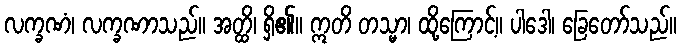
လက္ခဏံ၊ လက္ခဏာသည်။ အတ္ထိ၊ ရှိ၏။ ဣတိ တသ္မာ၊ ထို့ကြောင့်။ ပါဒေါ၊ ခြေတော်သည်။